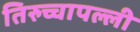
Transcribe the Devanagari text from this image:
तिरुच्चापल्ली